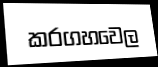
කරගහවෙල